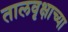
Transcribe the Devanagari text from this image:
तालवृक्षाच्या